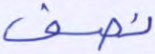
نصف